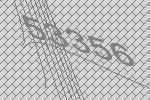
53356